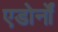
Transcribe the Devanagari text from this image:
एडोर्नों